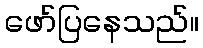
ဖော်ပြနေသည်။